Indian journal of veterinary science and animal husbandry - Volume 4,
Year: 1934
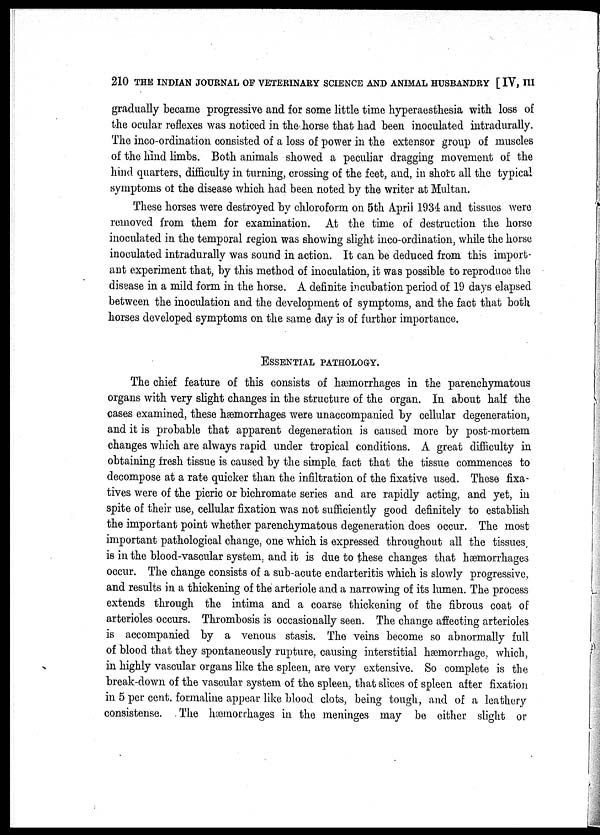
210 THE INDIAN JOURNAL OF VETERINARY SCIENCE AND ANIMAL HUSBANDRY [ IV, III
gradually became progressive and for some little time hyperasthesia with loss of
the ocular reflexes was noticed in the horse that had been inoculated intradurally.
The inco-ordination consisted of a loss of power in the extensor group of muscles
of the hind limbs. Both animals showed a peculiar dragging movement of the
hind quarters, difficulty in turning, crossing of the feet, and, in short all the typical
symptoms of the disease which had been noted by the writer at Multan.
These horses were destroyed by chloroform on 5th April 1934 and tissues were
removed from them for examination. At the time of destruction the horse
inoculated in the temporal region was showing slight inco-ordination, while the horse
inoculated intradurally was sound in action. It can be deduced from this import-
ant experiment that, by this method of inoculation, it was possible to reproduce the
disease in a mild form in the horse. A definite incubation period of 19 days elapsed
between the inoculation and the development of symptoms, and the fact that both
horses developed symptoms on the same day is of further importance.
ESSENTIAL PATHOLOGY.
The chief feature of this consists of hæmorrhages in the parenchymatous
organs with very slight changes in the structure of the organ. In about half the
cases examined, these hæmorrhages were unaccompanied by cellular degeneration,
and it is probable that apparent degeneration is caused more by post-mortem
changes which are always rapid under tropical conditions. A great difficulty in
obtaining fresh tissue is caused by the simple fact that the tissue commences to
decompose at a rate quicker than the infiltration of the fixative used. These fixa-
tives were of the picric or bichromate series and are rapidly acting, and yet, in
spite of their use, cellular fixation was not sufficiently good definitely to establish
the important point whether parenchymatous degeneration does occur. The most
important pathological change, one which is expressed throughout all the tissues,
is in the blood-vascular system, and it is due to these changes that hæmorrhages
occur. The change consists of a sub-acute endarteritis which is slowly progressive,
and results in a thickening of the arteriole and a narrowing of its lumen. The process
extends through the intima and a coarse thickening of the fibrous coat of
arterioles occurs. Thrombosis is occasionally seen. The change affecting arterioles
is accompanied by a venous stasis. The veins become so abnormally full
of blood that they spontaneously rupture, causing interstitial hæmorrhage, which,
in highly vascular organs like the spleen, are very extensive. So complete is the
break-down of the vascular system of the spleen, that slices of spleen after fixation
in 5 per cent. formaline appear like blood clots, being tough, and of a leathery
consistense. The hæmorrhages in the meninges may be either slight or